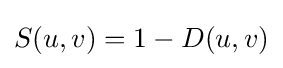
S(u,v)=1-D(u,v)